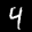
Label: 4